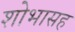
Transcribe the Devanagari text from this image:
शोभासह